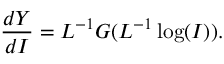
\frac { d Y } { d I } = L ^ { - 1 } G ( L ^ { - 1 } \log ( I ) ) .